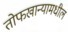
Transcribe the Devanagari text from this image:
तोफखान्यामधील